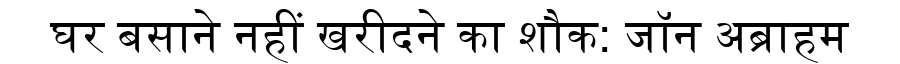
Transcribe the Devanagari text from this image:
घर बसाने नहीं खरीदने का शौक: जॉन अब्राहम